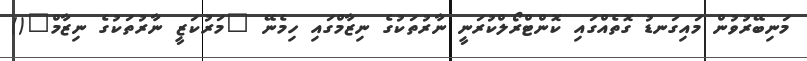
މަނިބޭރުވުން މައިގަނޑު ގޮތެއްގައި ކޮންޓްރޯލްކުރަނީ ނާރުތަކުގެ ނިޒާމްގައި ހިމެނޭ "މަރުކަޒީ ނާރުތަކުގެ ނިޒާމް"()